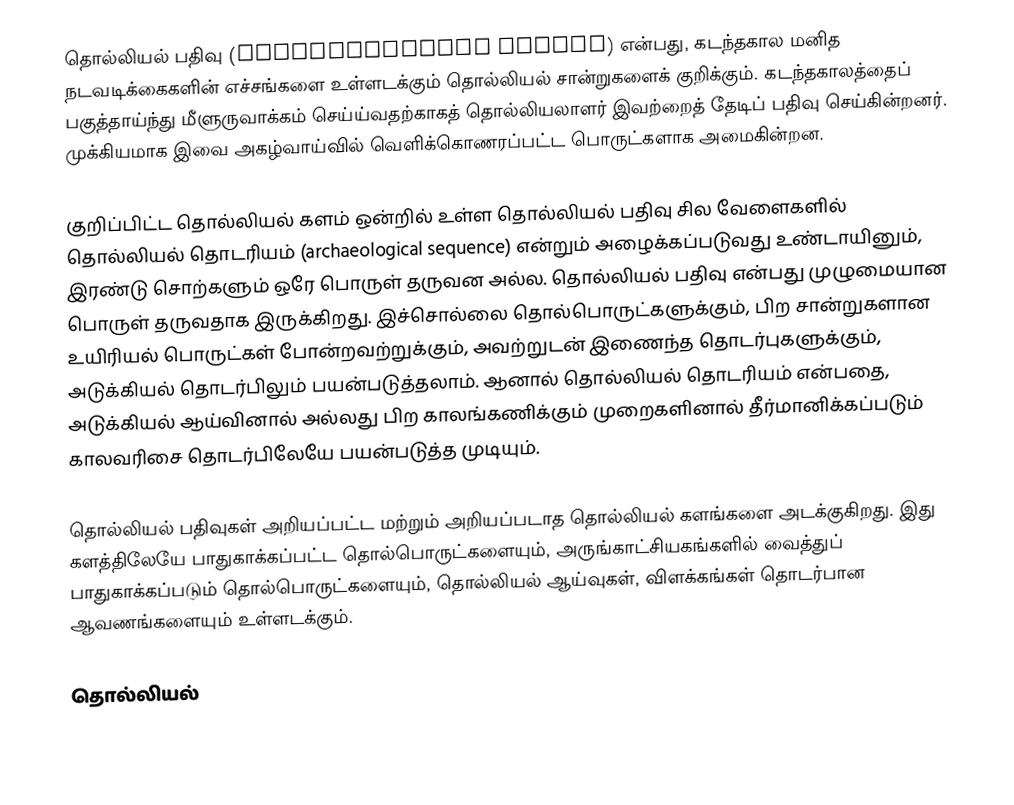
தொல்லியல் பதிவு (Archaeological record) என்பது, கடந்தகால மனித நடவடிக்கைகளின் எச்சங்களை உள்ளடக்கும் தொல்லியல் சான்றுகளைக் குறிக்கும். கடந்தகாலத்தைப் பகுத்தாய்ந்து மீளுருவாக்கம் செய்ய்வதற்காகத் தொல்லியலாளர் இவற்றைத் தேடிப் பதிவு செய்கின்றனர். முக்கியமாக இவை அகழ்வாய்வில் வெளிக்கொணரப்பட்ட பொருட்களாக அமைகின்றன.

குறிப்பிட்ட தொல்லியல் களம் ஒன்றில் உள்ள தொல்லியல் பதிவு சில வேளைகளில் தொல்லியல் தொடரியம் (archaeological sequence) என்றும் அழைக்கப்படுவது உண்டாயினும், இரண்டு சொற்களும் ஒரே பொருள் தருவன அல்ல. தொல்லியல் பதிவு என்பது முழுமையான பொருள் தருவதாக இருக்கிறது. இச்சொல்லை தொல்பொருட்களுக்கும், பிற சான்றுகளான உயிரியல் பொருட்கள் போன்றவற்றுக்கும், அவற்றுடன் இணைந்த தொடர்புகளுக்கும், அடுக்கியல் தொடர்பிலும் பயன்படுத்தலாம். ஆனால் தொல்லியல் தொடரியம் என்பதை, அடுக்கியல் ஆய்வினால் அல்லது பிற காலங்கணிக்கும் முறைகளினால் தீர்மானிக்கப்படும் காலவரிசை தொடர்பிலேயே பயன்படுத்த முடியும்.

தொல்லியல் பதிவுகள் அறியப்பட்ட மற்றும் அறியப்படாத தொல்லியல் களங்களை அடக்குகிறது. இது களத்திலேயே பாதுகாக்கப்பட்ட தொல்பொருட்களையும், அருங்காட்சியகங்களில் வைத்துப் பாதுகாக்கப்படும் தொல்பொருட்களையும், தொல்லியல் ஆய்வுகள், விளக்கங்கள் தொடர்பான ஆவணங்களையும் உள்ளடக்கும்.

தொல்லியல்